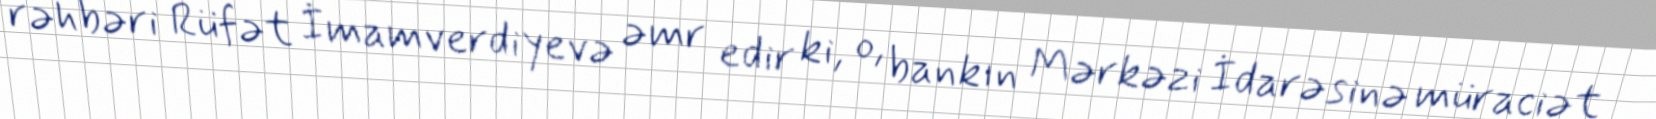
rəhbəri Rüfət İmamverdiyevə əmr edir ki, o, bankın Mərkəzi İdarəsinə müraciət